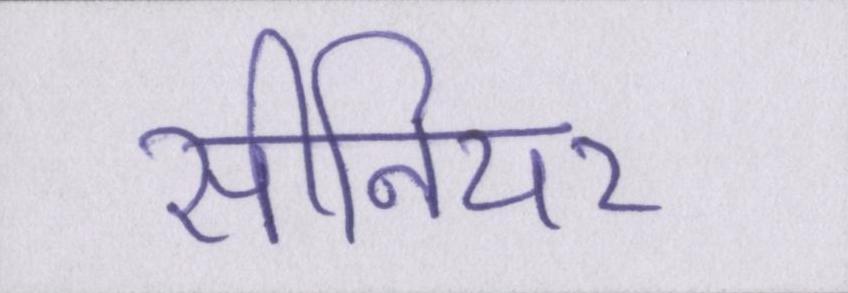
सीनियर